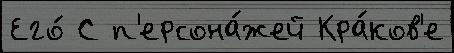
Его́ С п'ерсона́жей Кра́ков'е